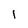
Character: 1